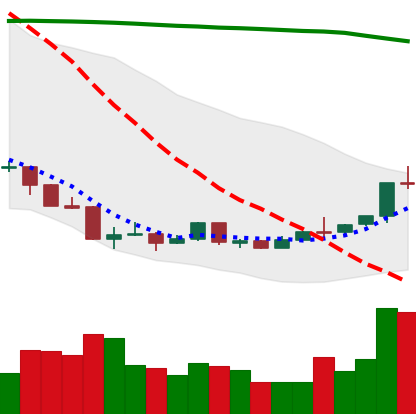
Ticker: ETH-USD
Chart end date: 2018-04-13
Forward return: 6.505%
Label: up_5_7